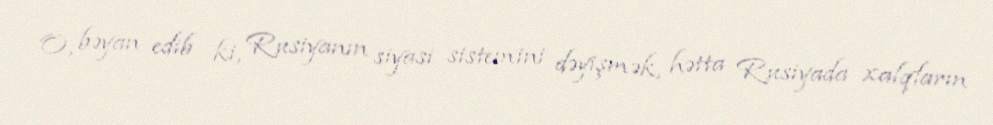
O, bəyan edib ki, Rusiyanın siyasi sistemini dəyişmək, hətta Rusiyada xalqların